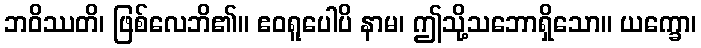
ဘဝိဿတိ၊ ဖြစ်လေဘိ၏။ ဧဝရူပေါပိ နာမ၊ ဤသို့သဘောရှိသော။ ယက္ခော၊